Indian journal of veterinary science and animal husbandry - Volumes 18-21, 1948-1951
Year: 1948
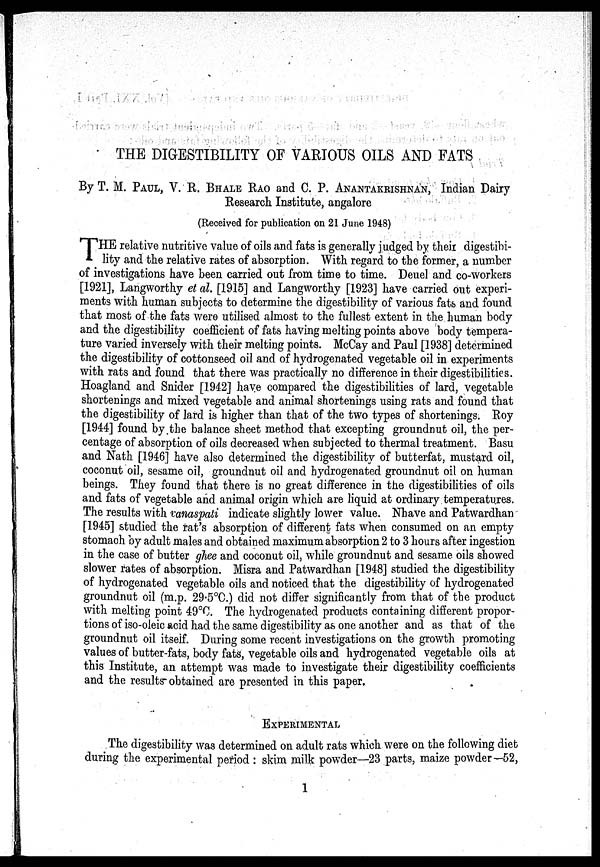
THE DIGESTIBILITY OF VARIOUS OILS AND FATS
By T. M. PAUL, V. R. BHALE RAO and C. P. ANANTAKRISHNAN, Indian Dairy
Research Institute, angalore
(Received for publication on 21 June 1948)
T HE relative nutritive value of oils and fats is generally judged by their digestibi-
lity and the relative rates of absorption. With regard to the former, a number
of investigations have been carried out from time to time. Deuel and co-workers
[1921], Langworthy et al. [1915] and Langworthy [1923] have carried out experi-
ments with human subjects to determine the digestibility of various fats and found
that most of the fats were utilised almost to the fullest extent in the human body
and the digestibility coefficient of fats having melting points above body tempera-
ture varied inversely with their melting points. McCay and Paul [1938] determined
the digestibility of cottonseed oil and of hydrogenated vegetable oil in experiments
with rats and found that there was practically no difference in their digestibilities.
Hoagland and Snider [1942] have compared the digestibilities of lard, vegetable
shortenings and mixed vegetable and animal shortenings using rats and found that
the digestibility of lard is higher than that of the two types of shortenings. Roy
[1944] found by the balance sheet method that excepting groundnut oil, the per-
centage of absorption of oils decreased when subjected to thermal treatment. Basu
and Nath [1946] have also determined the digestibility of butterfat, mustard oil,
coconut oil, sesame oil, groundnut oil and hydrogenated groundnut oil on human
beings. They found that there is no great difference in the digestibilities of oils
and fats of vegetable and animal origin which are liquid at ordinary temperatures.
The results with vanaspati indicate slightly lower value. Nhave and Patwardhan
[1945] studied the rat's absorption of different fats when consumed on an empty
stomach by adult males and obtained maximum absorption 2 to 3 hours after ingestion
in the case of butter ghee and coconut oil, while groundnut and sesame oils showed
slower rates of absorption. Misra and Patwardhan [1948] studied the digestibility
of hydrogenated vegetable oils and noticed that the digestibility of hydrogenated
groundnut oil (m.p. 29.5ºC.) did not differ significantly from that of the product
with melting point 49ºC. The hydrogenated products containing different propor-
tions of iso-oleic acid had the same digestibility as one another and as that of the
groundnut oil itself. During some recent investigations on the growth promoting
values of butter-fats, body fats, vegetable oils and hydrogenated vegetable oils at
this Institute, an attempt was made to investigate their digestibility coefficients
and the results obtained are presented in this paper.
EXPERIMENTAL
The digestibility was determined on adult rats which were on the following diet
during the experimental period: skim milk powder—23 parts, maize powder—52,
1